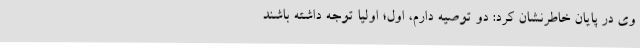
وی در پایان خاطرنشان کرد: دو توصیه دارم، اول؛ اولیا توجه داشته باشند